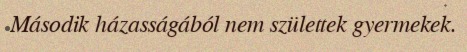
Második házasságából nem születtek gyermekek.